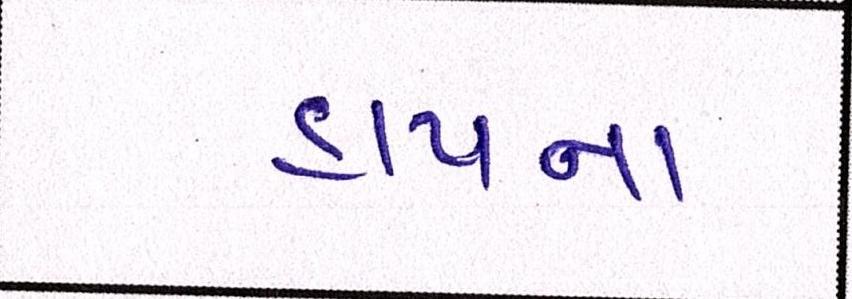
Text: હાયના